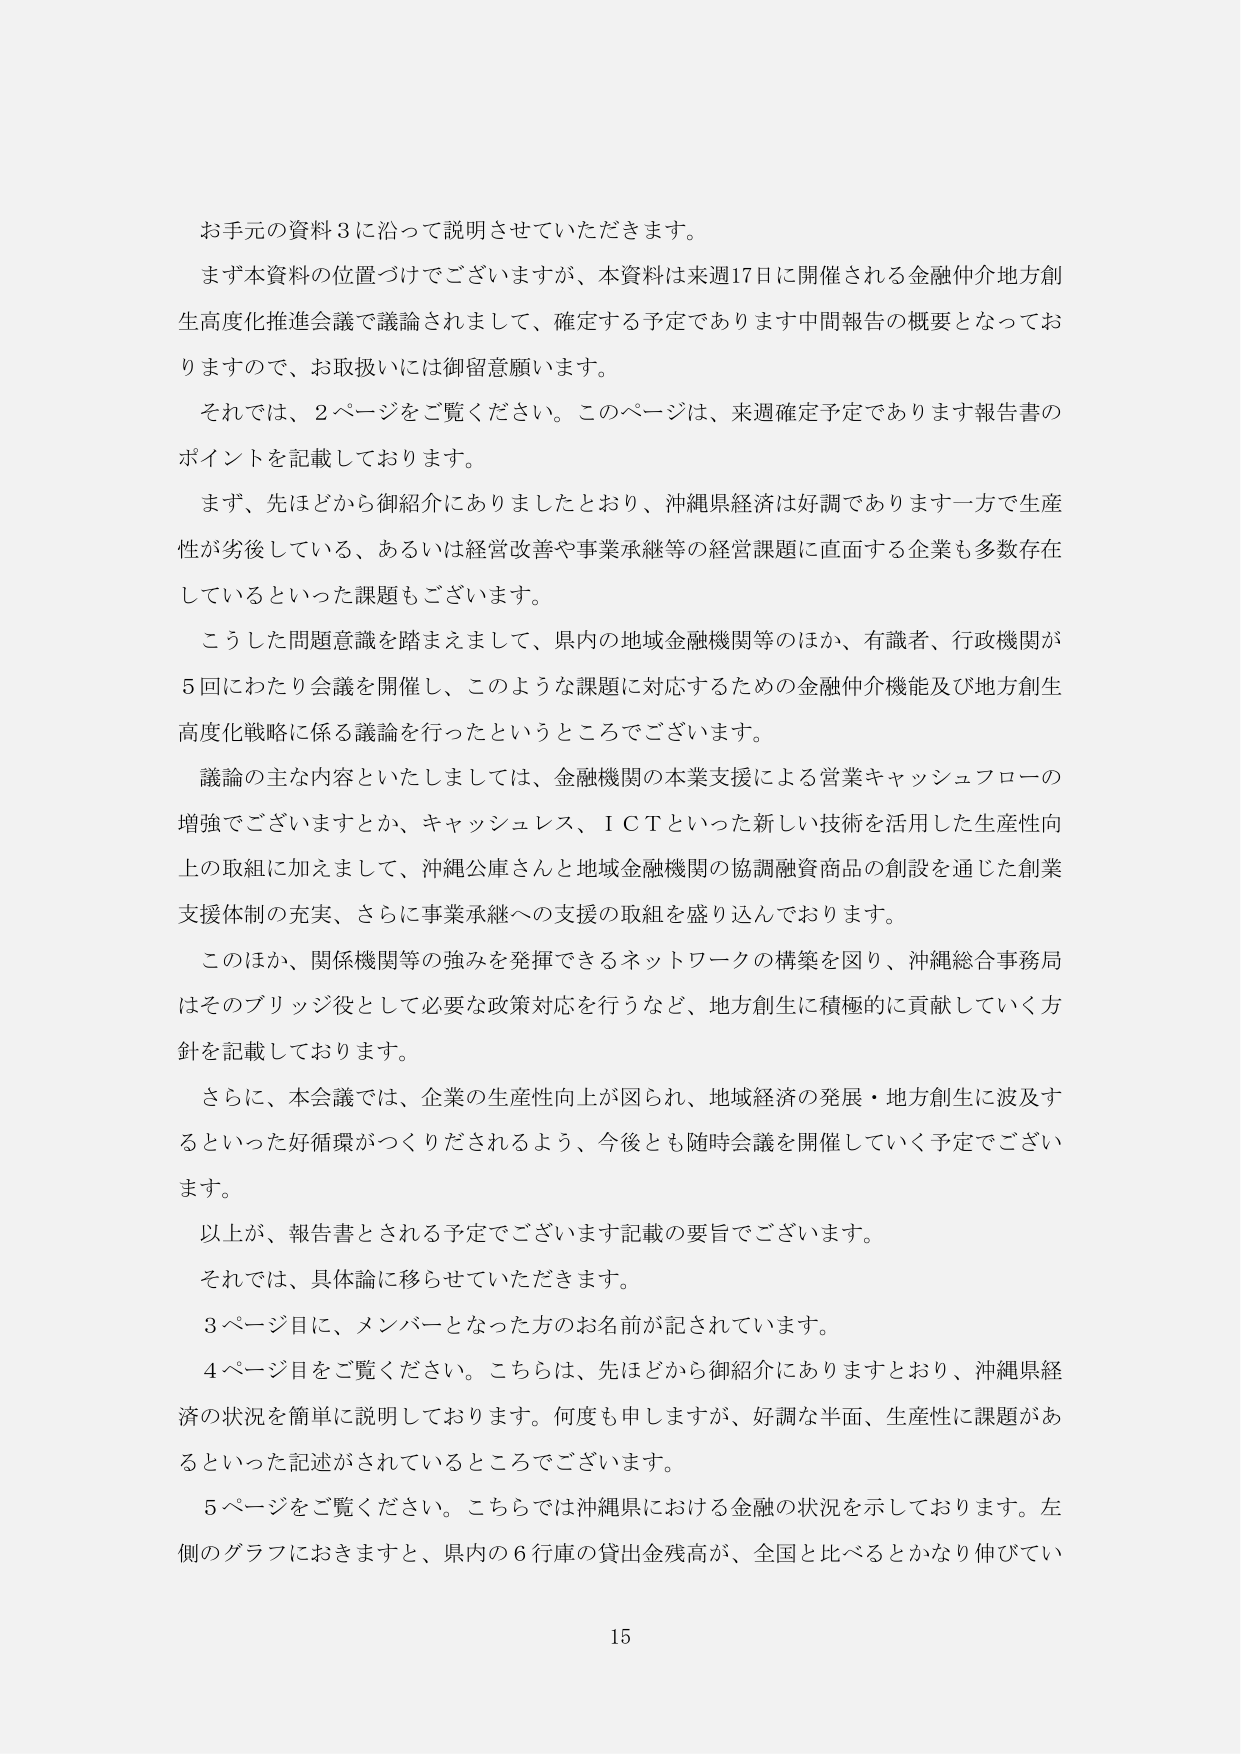
お手元の資料３に沿って説明させていただきます。
まず本資料の位置づけでございますが、本資料は来週17日に開催される金融仲介地方創生高度化推進会議で議論されまして、確定する予定であります中間報告の概要となっておりますので、お取扱いには御留意願います。
それでは、２ページをご覧ください。このページは、来週確定予定であります報告書のポイントを記載しております。
まず、先ほどから御紹介にありましたとおり、沖縄県経済は好調であります一方で生産性が劣後している、あるいは経営改善や事業承継等の経営課題に直面する企業も多数存在しているといった課題もございます。
こうした問題意識を踏まえまして、県内の地域金融機関等のほか、有識者、行政機関が5回にわたり会議を開催し、このような課題に対応するための金融仲介機能及び地方創生高度化戦略に係る議論を行ったというところでございます。
議論の主な内容といたしましては、金融機関の本業支援による営業キャッシュフローの増強でございますとか、キャッシュレス、ＩＣＴといった新しい技術を活用した生産性向上の取組に加えまして、沖縄公庫さんと地域金融機関の協調融資商品の創設を通じた創業支援体制の充実、さらに事業承継への支援の取組を盛り込んでおります。
このほか、関係機関等の強みを発揮できるネットワークの構築を図り、沖縄総合事務局はそのブリッジ役として必要な政策対応を行うなど、地方創生に積極的に貢献していく方針を記載しております。
さらに、本会議では、企業の生産性向上が図られ、地域経済の発展・地方創生に波及するといった好循環がつくりだされるよう、今後とも随時会議を開催していく予定でございます。
以上が、報告書とされる予定でございます記載の要旨でございます。
それでは、具体論に移らせていただきます。
３ページ目に、メンバーとなった方のお名前が記されています。
４ページ目をご覧ください。こちらは、先ほどから御紹介にありますとおり、沖縄県経済の状況を簡単に説明しております。何度も申しますが、好調な半面、生産性に課題があるといった記述がされているところでございます。
５ページをご覧ください。こちらでは沖縄県における金融の状況を示しております。左側のグラフにおきまると、県内の６行庫の貸出金残高が、全国と比べるとかなり伸びてい

15